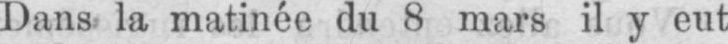
Dans la matinée du 8 mars il y eut